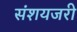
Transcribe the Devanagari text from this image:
संशयजरी